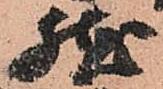
然